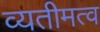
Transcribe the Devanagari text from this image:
व्यतीमत्व